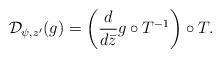
LaTeX: \begin{align*} \mathcal D_{\psi, z'}(g) = \left(\frac{d }{ d \bar z} g\circ T^{-1} \right)\circ T. \end{align*}